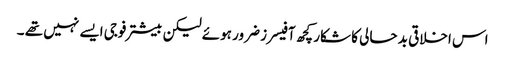
اس اخلاقی بد حالی کا شکار کچھ آفیسرز ضرور ہوئے لیکن بیشتر فوجی ایسے نہیں تھے ۔